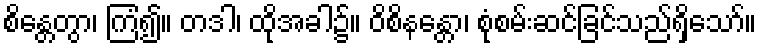
စိန္တေတွာ၊ ကြံ၍။ တဒါ၊ ထိုအခါ၌။ ဝိစိနန္တော၊ စုံစမ်းဆင်ခြင်သည်ရှိသော်။